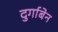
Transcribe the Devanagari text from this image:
दुर्गाबेन